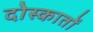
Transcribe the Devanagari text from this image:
दोस्कातों